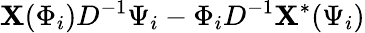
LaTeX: \mathbf{X}(\Phi_{i})D^{-1}\Psi_{i}-\Phi_{i}D^{-1}\mathbf{X}^{\ast}(\Psi_{i})